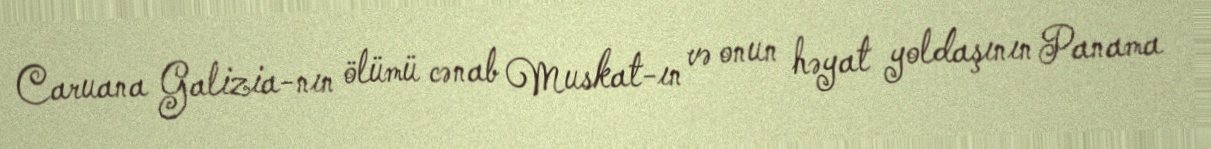
Caruana Galizia-nın ölümü cənab Muskat-ın və onun həyat yoldaşının Panama